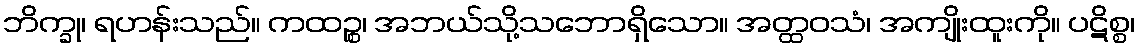
ဘိက္ခု၊ ရဟန်းသည်။ ကထဉ္စ၊ အဘယ်သို့သဘောရှိသော။ အတ္ထဝသံ၊ အကျိုးထူးကို။ ပဋိစ္စ၊